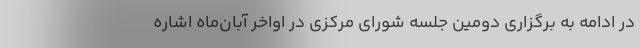
در ادامه به برگزاری دومین جلسه شورای مرکزی در اواخر آبان‌ماه اشاره